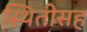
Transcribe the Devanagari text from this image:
स्थितीसह